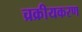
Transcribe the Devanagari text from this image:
च्रक्रीयकरण